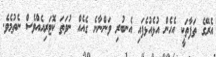
އެރޭގެ ތަފާތަކީ އެހެން އުޅެއުޅެފައި އެނބުރި ވަންނާނެ ގެއެއް ނުވަތަ ކޮޓަރިއެއްވެސް ނެތުމެވެ.